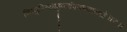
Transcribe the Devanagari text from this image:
विष्णुरित्याहुर्व्यापकत्वान्महेश्वरः॥